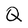
Character: Q